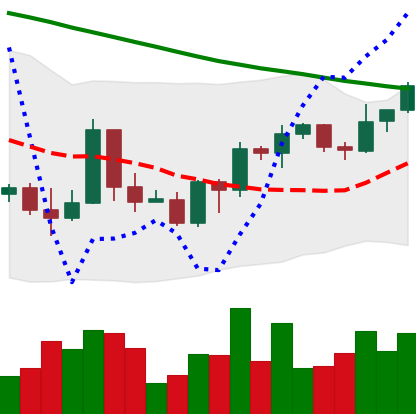
Ticker: BTC-USD
Chart end date: 2022-03-24
Forward return: 7.972%
Label: up_7plus